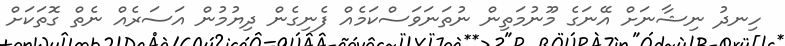
ހިނދު ނިޝާނަށް އޭނަގެ މޫނުމަތިން ނުތަނަވަސްކަމެއް ފެނިގެން ދިޔުމުން އަސަރެއް ނެތް ގޮތަކަށް